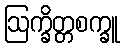
ဩက္ခိတ္တစက္ခူ